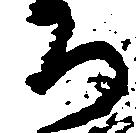
ち